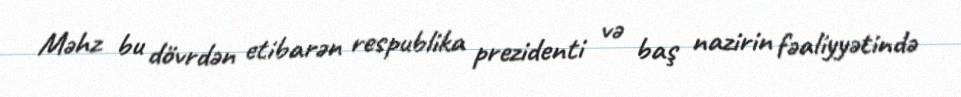
Məhz bu dövrdən etibarən respublika prezidenti və baş nazirin fəaliyyətində